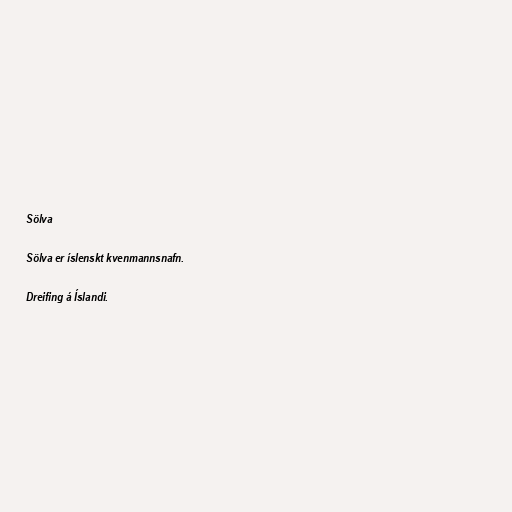
Sölva

Sölva er íslenskt kvenmannsnafn.

Dreifing á Íslandi.